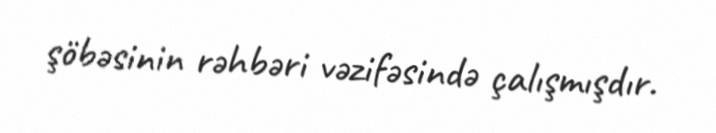
şöbəsinin rəhbəri vəzifəsində çalışmışdır.